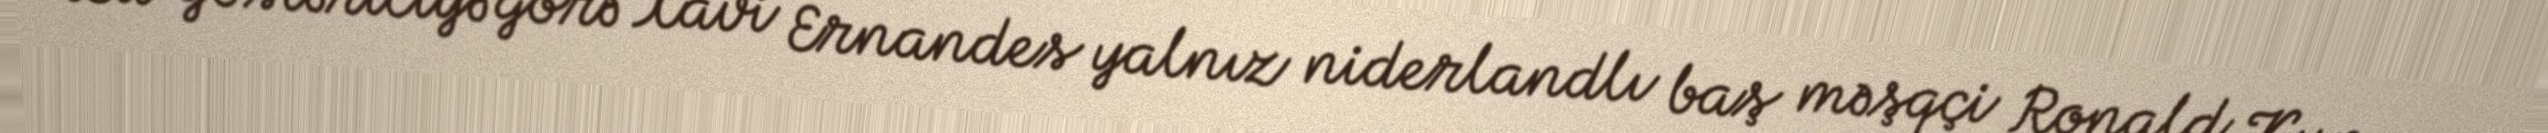
“Bu göstəriciyə görə Xavi Ernandes yalnız niderlandlı baş məşqçi Ronald Kumanı